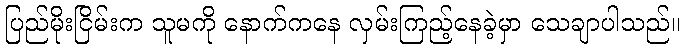
ပြည်မိုးငြိမ်းက သူမကို နောက်ကနေ လှမ်းကြည့်နေခဲ့မှာ သေချာပါသည်။